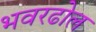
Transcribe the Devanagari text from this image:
भवरढोल